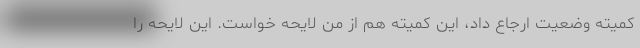
کمیته وضعیت ارجاع داد، این کمیته هم از من لایحه خواست. این لایحه را